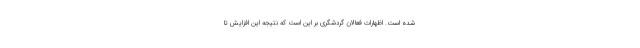
شده است. اظهارات فعالان گردشگری بر این است که نتیجه این افزایش تا